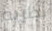
نظريه